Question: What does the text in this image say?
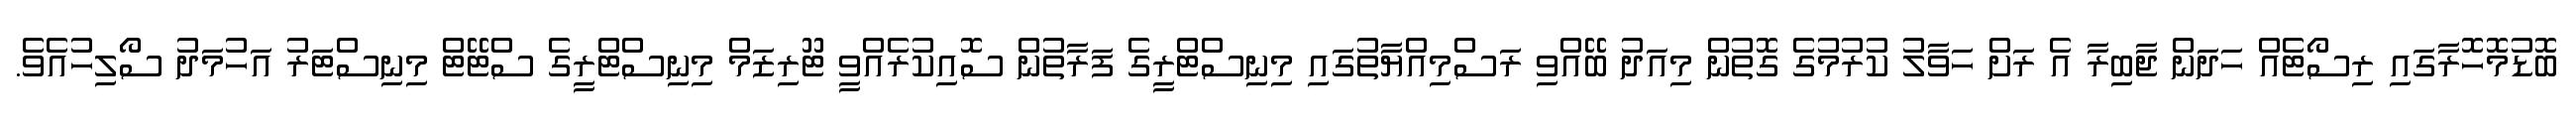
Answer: ބޮޑުމޮހޮރާގައި ރިސޯޓެއް ހަދަން ޖާބިރާ އެ ރަށް ހަވާލު ކުރުމުގެ ގޮތުން މިއަދު ބޭއްވި ރަސްމިއްޔާތުގައި މިނިސްޓްރީގެ ފަރާތުން ސޮއިކުރެއްވީ ޓޫރިޒަމް މިނިސްޓްރީގެ ސްޓޭޓް މިނިސްޓަރު އަހުމަދު ސޯލިހުއެވެ.